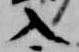
入